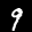
Label: 9